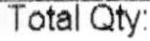
TOTAL QTY: